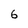
Character: 6